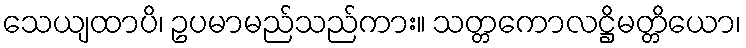
သေယျထာပိ၊ ဥပမာမည်သည်ကား။ သတ္တကောလဋ္ဌိမတ္တိယော၊